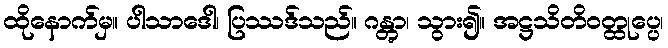
ထိုနောက်မှ။ ပါသာဒေါ၊ ပြဿဒ်သည်။ ဂန္တွာ၊ သွား၍။ အဋ္ဌသိတိဝတ္ထုပ္ပေ၊